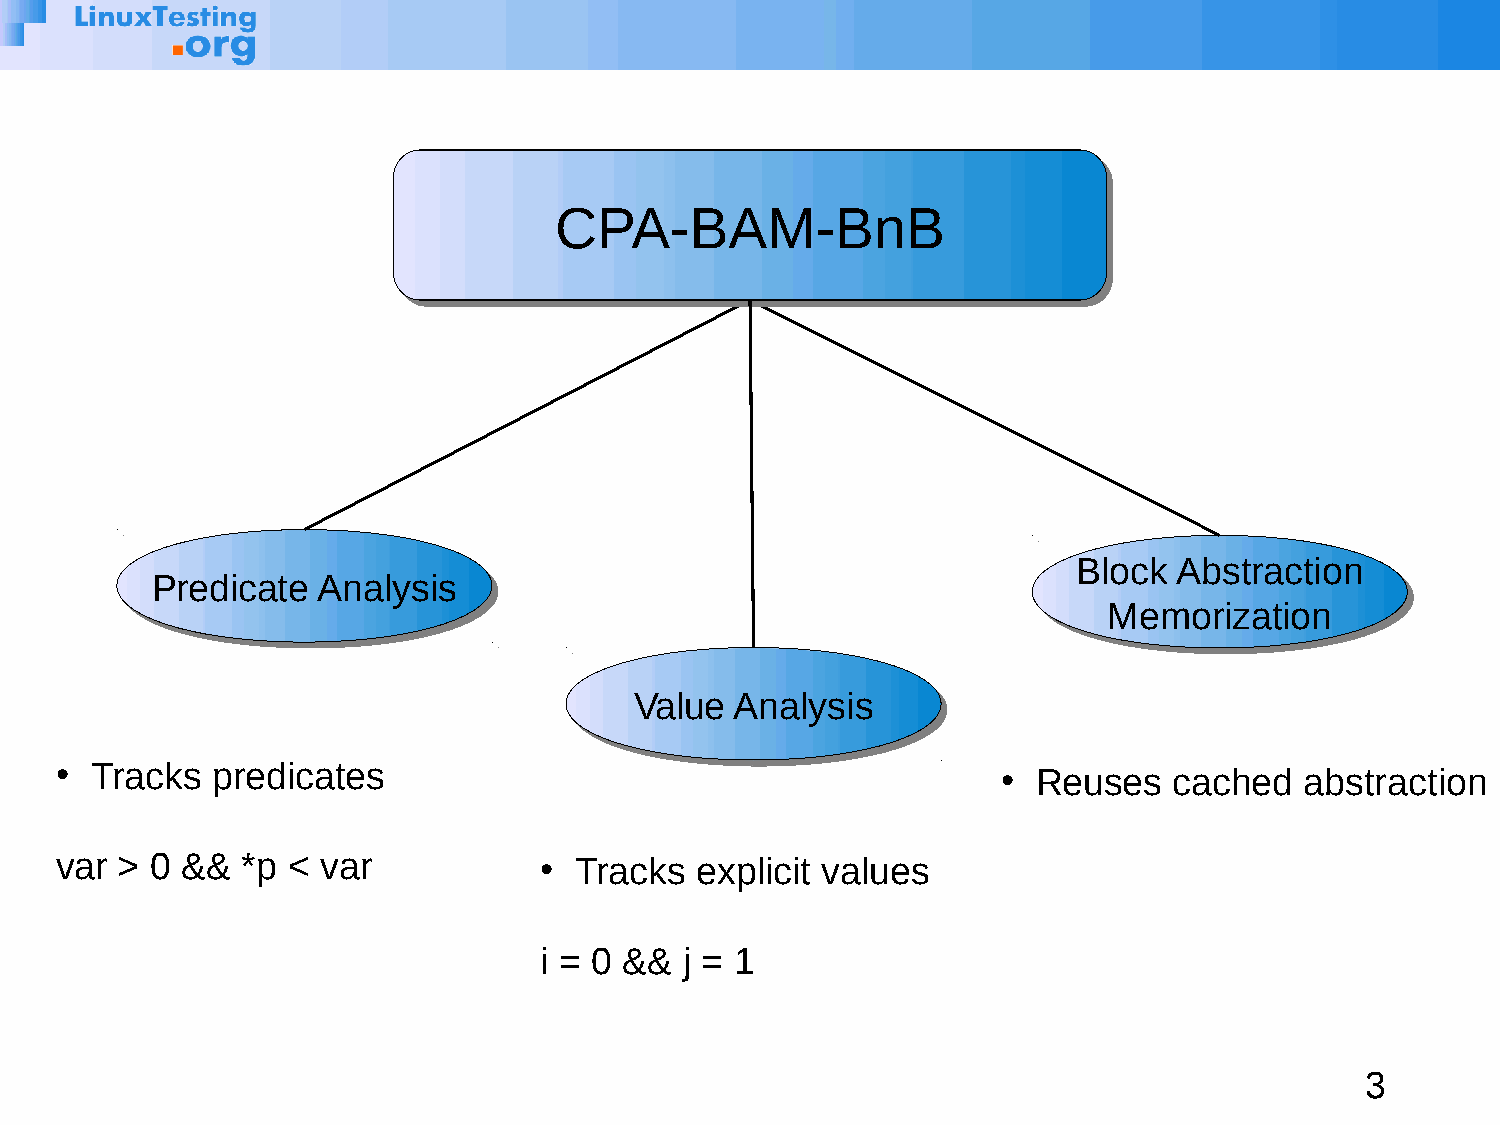
CCPPAA--BBAAMM--BBnnBB
 BBlloocckk AAbbssttrraaccttiioonn
 PPrreeddiiccaattee AAnnaallyyssiiss
 MMeemmoorriizzaattiioonn
 VVaalluuee AAnnaallyyssiiss
 ● Tracks  predicates                                          ●  Reuses   cached  abstraction
 var > 0 &&  *p < var            ● Tracks  explicit values
 i = 0 && j = 1
 3